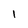
Character: 1